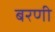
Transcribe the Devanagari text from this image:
बरणी